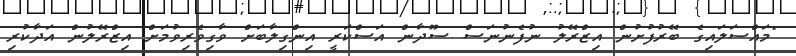
"މައްސަލައިގެ ބޭރުފުށުން އިޒްރޭލު ނުފެނުނަސް ސޫދާން އަސްކަރީ އިންގިލާބަށް ވާގިވެރިވުމަށް އިޒްރޭލުން އަދާކުރި